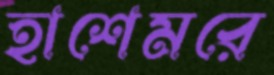
হাশেমরে